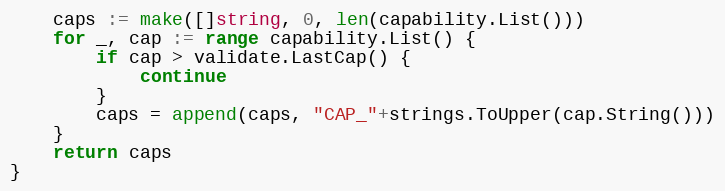
Language: Go
	caps := make([]string, 0, len(capability.List()))
	for _, cap := range capability.List() {
		if cap > validate.LastCap() {
			continue
		}
		caps = append(caps, "CAP_"+strings.ToUpper(cap.String()))
	}
	return caps
}